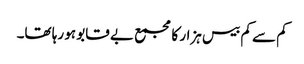
کم سے کم بیس ہزار کا مجمع بے قابو ہو رہا تھا۔